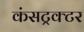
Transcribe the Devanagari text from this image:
कंसट्रक्टर